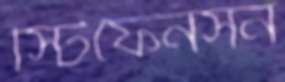
স্টিফেনসন